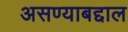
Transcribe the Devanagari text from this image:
असण्याबद्दाल